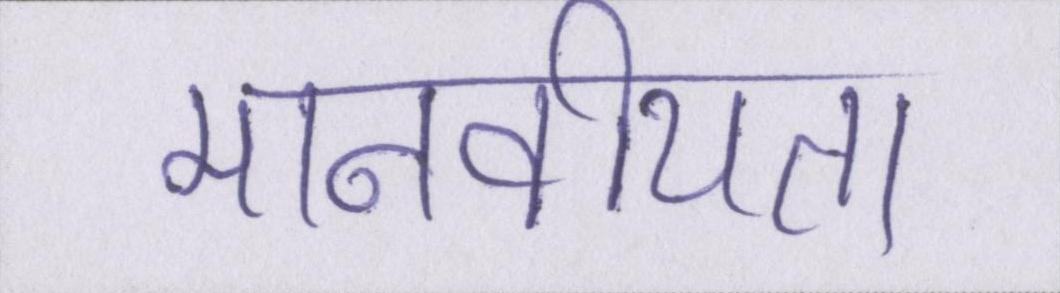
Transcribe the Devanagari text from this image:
मानवीयता